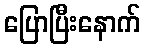
ပြောပြီးနောက်